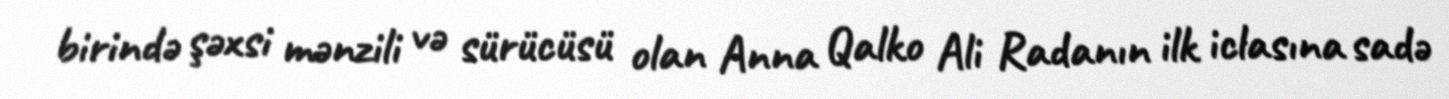
birində şəxsi mənzili və sürücüsü olan Anna Qalko Ali Radanın ilk iclasına sadə